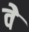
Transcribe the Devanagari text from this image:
वेे